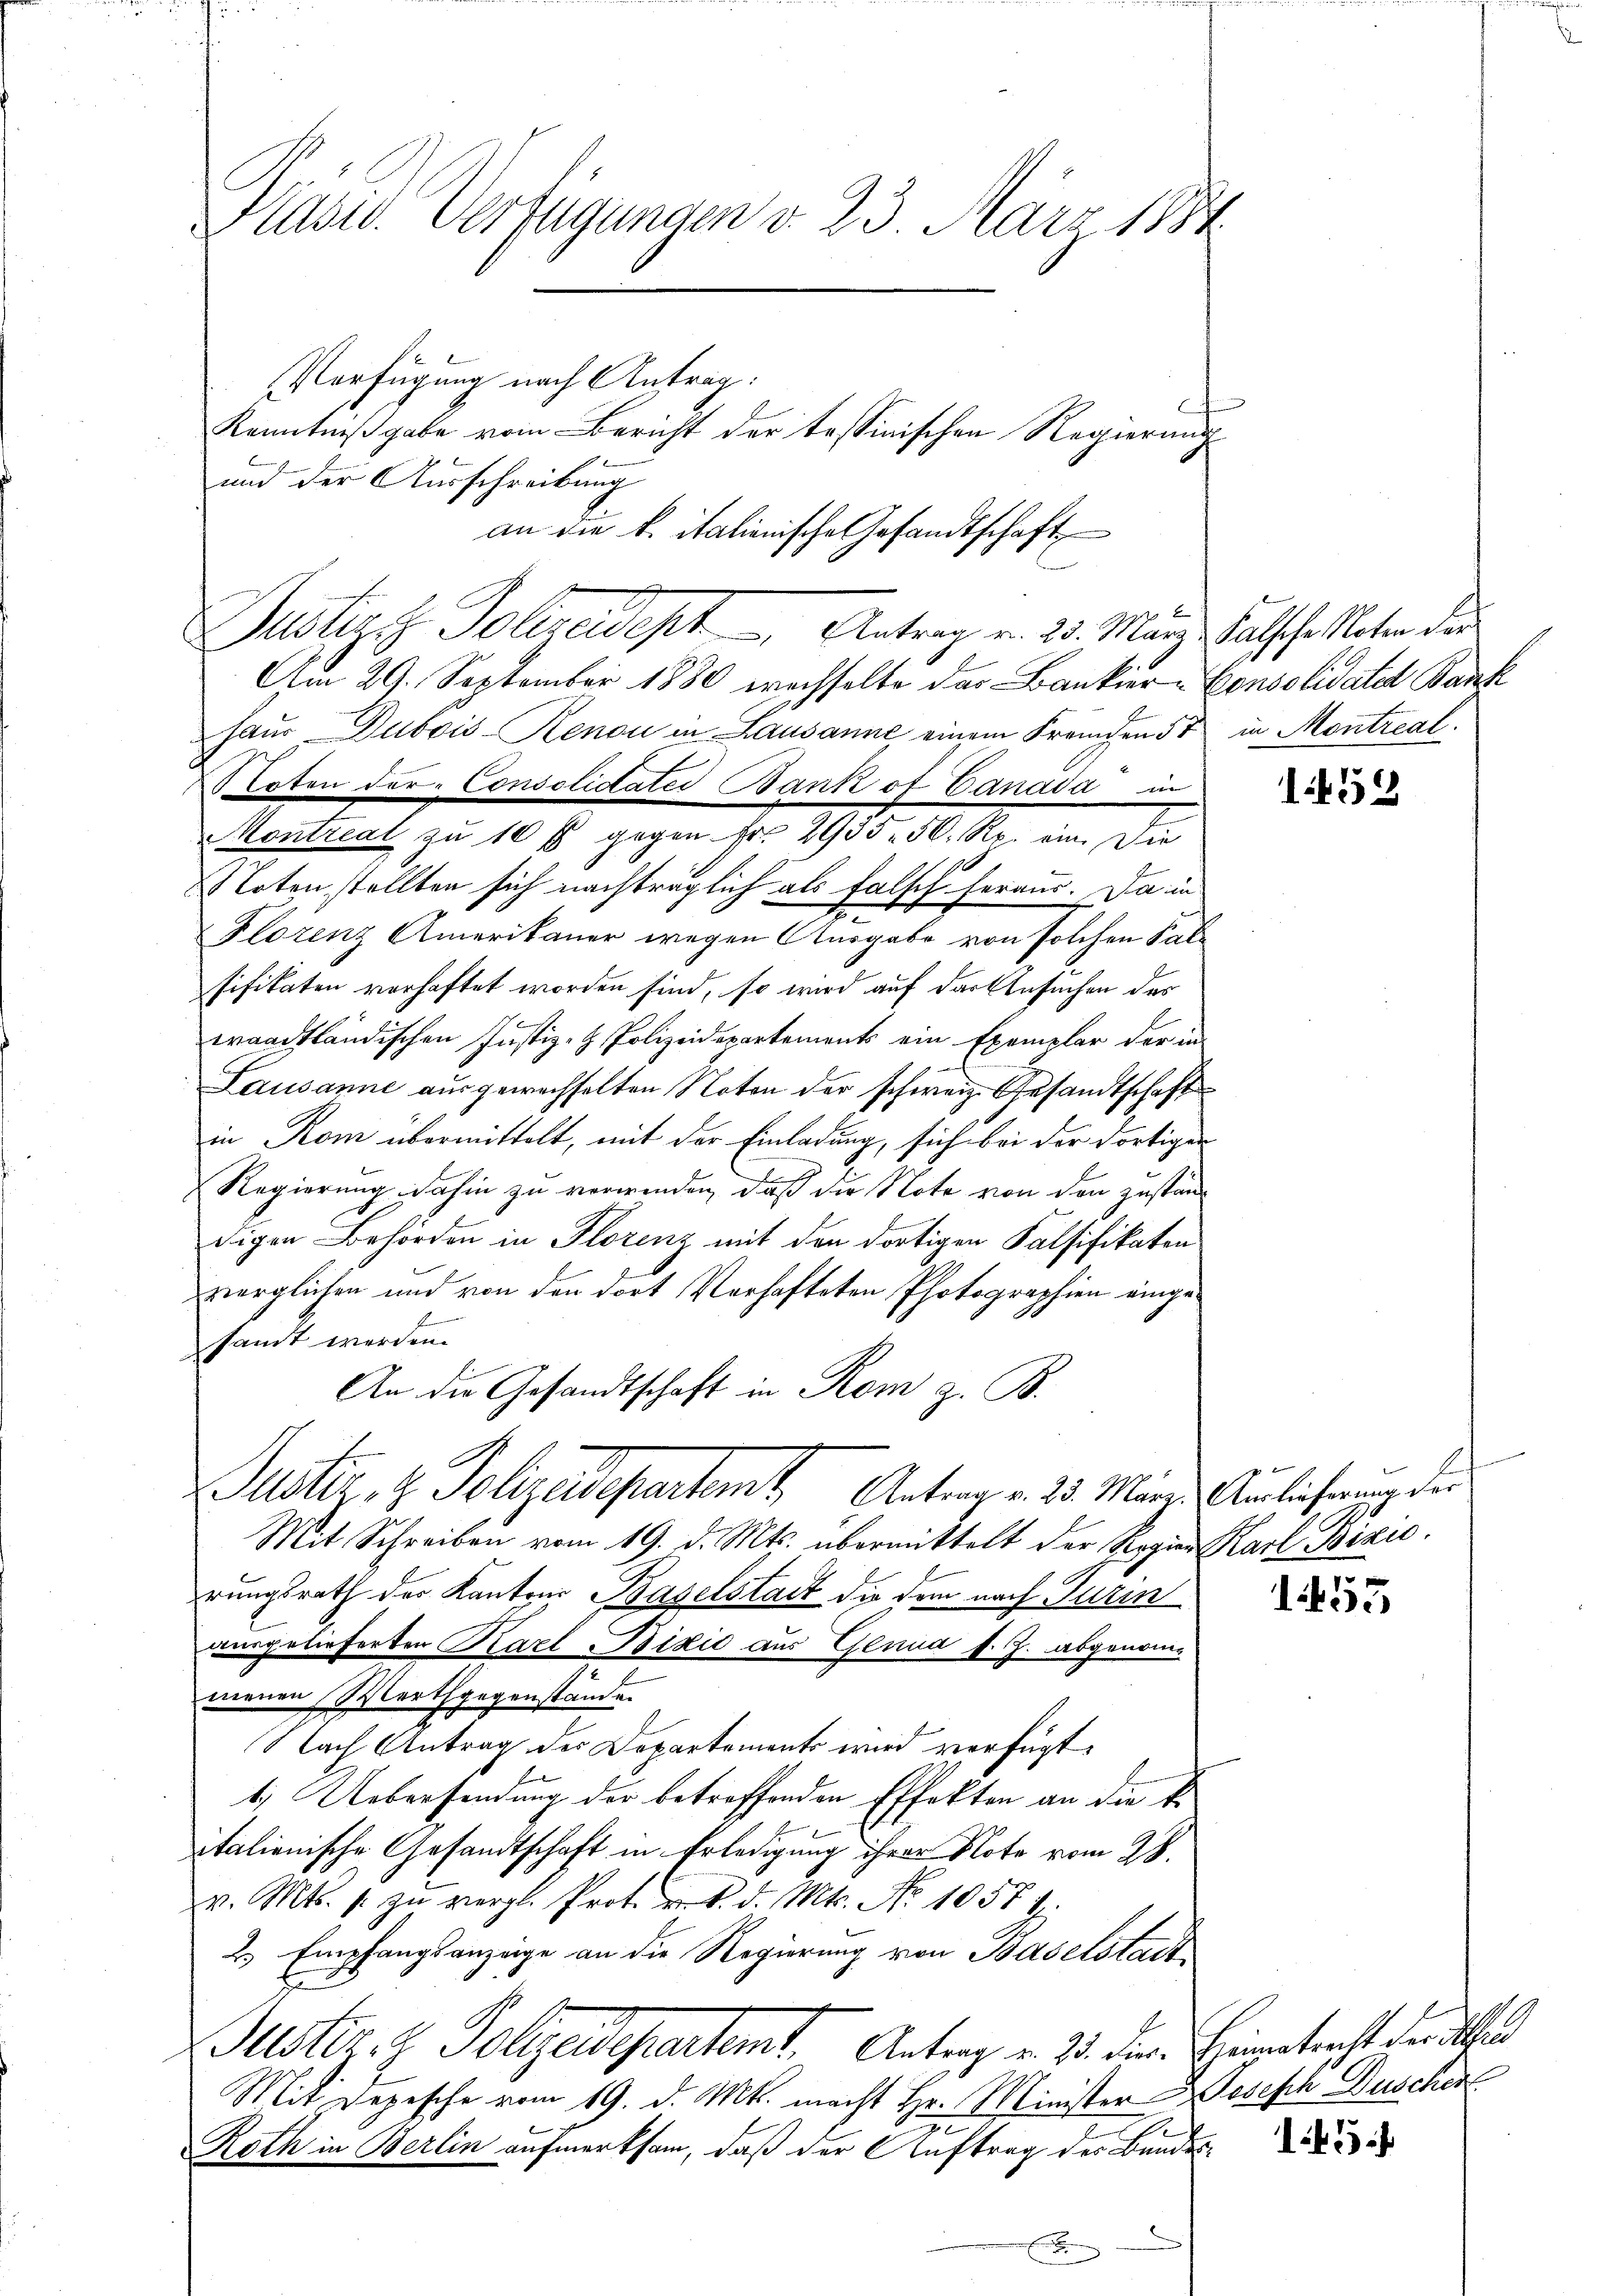
Plast. Verfügungen v. 23. März 1884
Verfügung nach Antrag:
Kenntnißgabe vom Bericht der tessinischen Regierung
und der Ausschreibung

Am 29. September 1880 wechselte das Bankier-Consolidate Bank
haus Dubois-Renon in Lausanne einem Fremden 5t in Montreal.
rton der Consolidates Bank ot Canada in
Montreal zu 10 fl gegen Fr. 2935. 50 Rp. ein. Die
Noten stellten sich nachträglich als falsch heraus. Da in
Florenz Amerikaner wegen Ausgabe von solchen Sale
sifikaten vorhaftet worden sind, so wird auf der Ansuchen des
waadtländischen Justiz- & Polizeidepartements ein Exemplar der in
Lausanne ausgewechselten Noten der schweiz. Gesandtschaft
in Rom übermittelt, mit der Einladung, sich bei der dortigen
Regierung dahin zu verwenden, daß die Note von den zustandigen Behörden in Florenz mit den dortigen Falsifikaten
verglichen und von den dort Verhafteten Photographien eingesandt werden.
An die Gesandtschaft in Rom z. B.
.
Justiz, H. Polizeidepartem Antrag v. 23. März Auslieferung der
Mit Schreiben vom 19. d. Mts. übermittelt der Regien Karl Bizic.
rungsrath des Kantons Baselstadt die dem nach Turin
mergelieferten Karl Bixić aus Genua s. Z. abgenommenen Marthgegenstände.
Nach Antrag des Departements wird verfügt
1.) Uebersendung der betreffenden Effekten an die k.
italienische Gesandtschaft in Erledigung ihrer Note vom 28.
v. Mts. u. zŭ vergl. Prot. v. d. d. Mts. No 10584:
2.) Empfangsanzeige an die Regierung von Baselstadt
Justiz- & Polizeidepartemt. Antrag v. 23. die Heimatrecht der
Mit Depesche vom 19. d. Mts. macht Hr. Minister Joseph Duscher
Roth in Berlin aufmerksam, daß der Auftrag des Bundes
e

an die k. italienische Gesandtschaft
Justiges Polizeides Antrag v. 23. März Kaltsche Peter der

152

1453

5